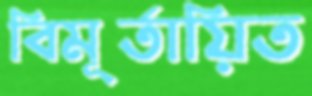
বিমূর্তায়িত